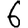
Digit: 6